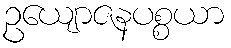
ဥယျောဇနပစ္စယာ